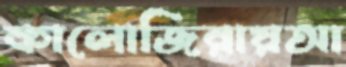
কালোজিরায়আ